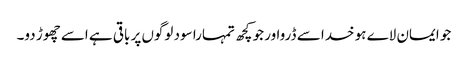
جو ایمان لاے ہو خدا سے ڈرواور جو کچھ تمہارا سود لوگوں پر باقی ہے اسے چھوڑ دو۔